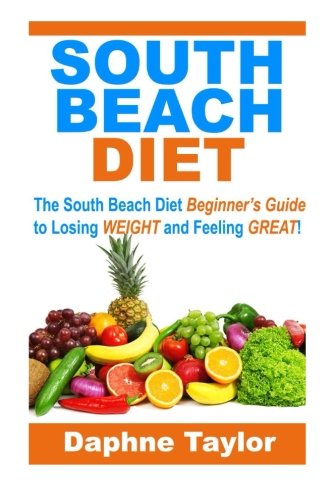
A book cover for South Beach Diet: The South Beach Diet Beginners Guide to Losing Weight and Feeling Great! (south beach diet, south beach diet beginners guide, south beach diet recipes); Daphne Taylor; Health, Fitness & Dieting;